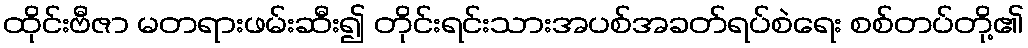
ထိုင်းဗီဇာ မတရားဖမ်းဆီး၍ တိုင်းရင်းသားအပစ်အခတ်ရပ်စဲရေး စစ်တပ်တို့၏